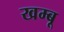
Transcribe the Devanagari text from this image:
खम्बू